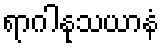
ရာဂါနုသယာနံ